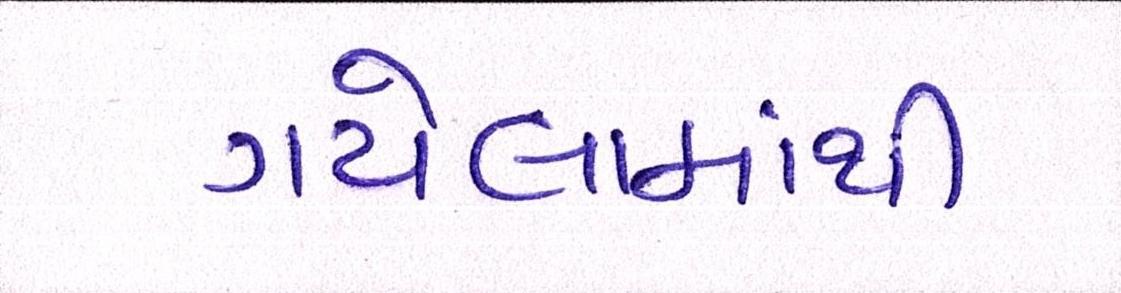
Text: ગયેલામાંથી